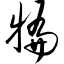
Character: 犏